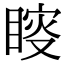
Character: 𥈃